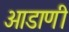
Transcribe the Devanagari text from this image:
आडाणी